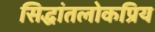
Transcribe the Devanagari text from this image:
सिद्धांतलोकप्रिय